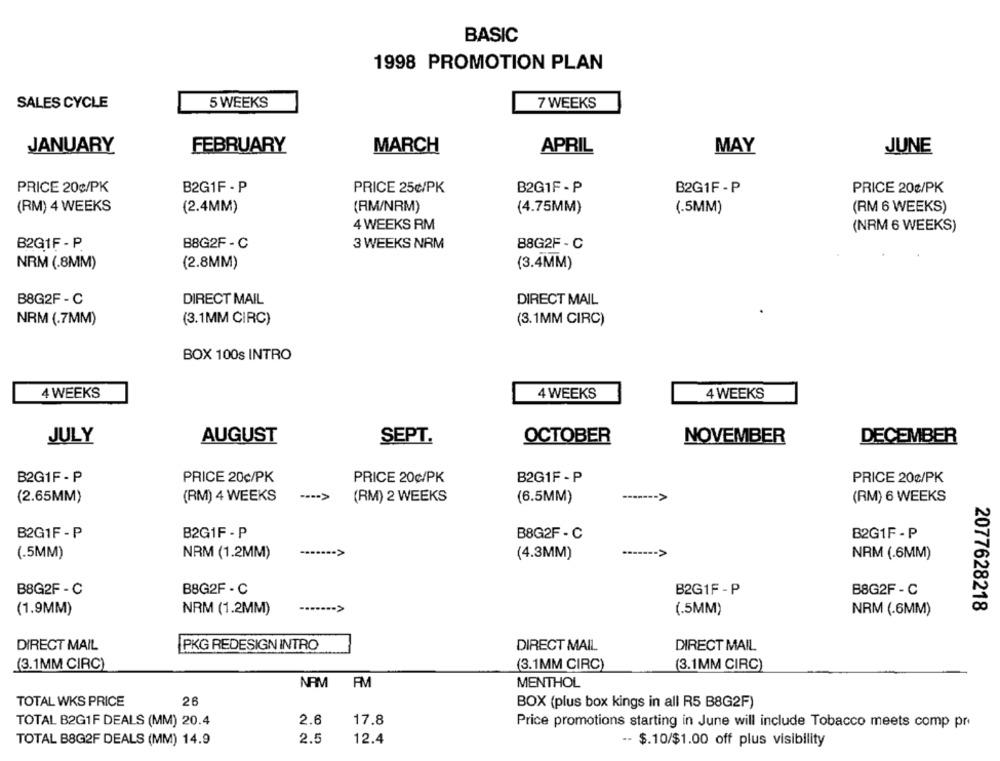
BASIC
1998 PROMOTION PLAN
SALES CYCLE
5 WEEKS
7 WEEKS
JANUARY
FEBRUARY
MARCH
APRIL
MAY
JUNE
PRICE 20¢/PK
B2G1F - P
PRICE 25¢/PK
B2G1F - P
B2G1F - P
PRICE 20¢/PK
(RM) 4 WEEKS
(2.4MM)
(RM/NRM)
(4.75MM)
(.5MM)
(RM 6 WEEKS)
4 WEEKS RM
(NRM 6 WEEKS)
B2G1F - P
B8G2F - C
3 WEEKS NRM
88G2F- C
NRM (.8MM)
(2.8MM)
(3.4MM)
B8G2F- C
DIRECT MAIL
DIRECT MAIL
(3.1MM CIRC)
(3.1MM CIRC)
NRM (.7MM)
BOX 100s INTRO
4 WEEKS
4 WEEKS
4 WEEKS
JULY
AUGUST
SEPT.
OCTOBER
NOVEMBER
DECEMBER
B2G1F - P
PRICE 20c/PK
PRICE 20¢/PK
B2G1F - P
PRICE 20¢/PK
(2.65MM)
(RM) 4 WEEKS
---- >
(RM) 2 WEEKS
(6.5MM)
------- >
(RM) 6 WEEKS
B2G1F- P
B2GIF - P
B8G2F - C
B2G1F - P
(.5MM)
NRM (1.2MM)
------- >
(4.3MM)
NRM (.6MM)
B8G2F- C
B8G2F - C
B2G1F-P
B8G2F - C
----- >
2077628218
(1.9MM)
NRM (1.2MM)
(.5MM)
NRM (.6MM)
DIRECT MAIL
PKG REDESIGN INTRO
DIRECT MAIL
DIRECT MAIL
(3.1MM CIRC)
(3.1MM CIRC)
(3.1MM CIRC)
NAM
FM
MENTHOL
TOTAL WKS PRICE
26
BOX (plus box kings in all R5 B8G2F)
TOTAL B2G1F DEALS (MM) 20.4
2.6
17.8
Price promotions starting in June will include Tobacco meets comp pr
TOTAL B8G2F DEALS (MM) 14.9
2.5
12.4
-- $.10/$1.00 off plus visibility